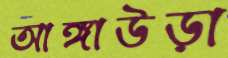
আঙ্গাউড়া